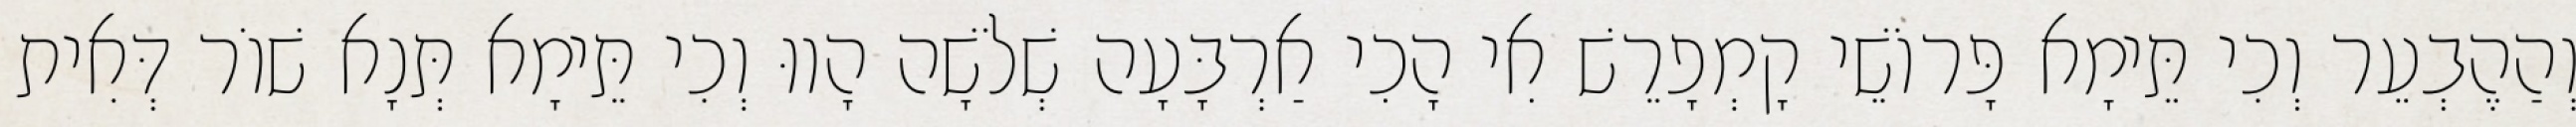
וְהַהֶבְעֵר וְכִי תֵּימָא פָּרוֹשֵׁי קָמְפָרֵשׁ אִי הָכִי אַרְבָּעָה שְׁלֹשָׁה הָווּ וְכִי תֵּימָא תְּנָא שׁוֹר דְּאִית